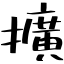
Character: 擴